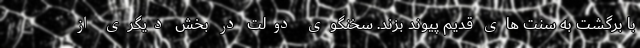
با برگشت به سنت های قدیم پیوند بزند. سخنگوی دولت در بخش دیگری از